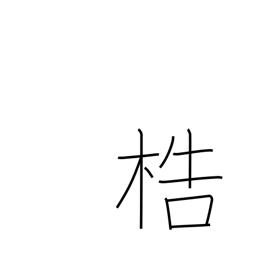
Meaning: manacles